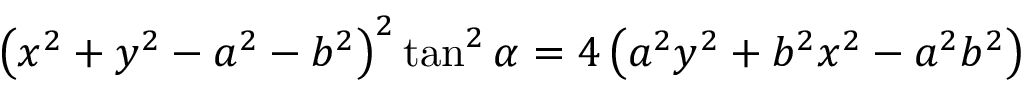
\left( x ^ { 2 } + y ^ { 2 } - a ^ { 2 } - b ^ { 2 } \right) ^ { 2 } \tan ^ { 2 } \alpha = 4 \left( a ^ { 2 } y ^ { 2 } + b ^ { 2 } x ^ { 2 } - a ^ { 2 } b ^ { 2 } \right)